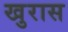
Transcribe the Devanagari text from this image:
खुरास